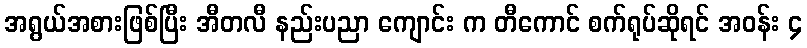
အရွယ်အစားဖြစ်ပြီး အီတလီ နည်းပညာ ကျောင်း က တီကောင် စက်ရုပ်ဆိုရင် အဝန်း ၄